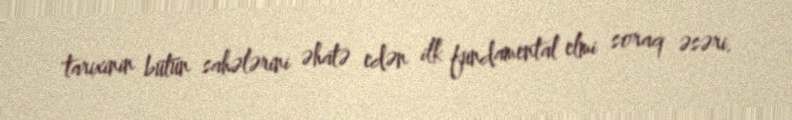
tarixinin bütün sahələrini əhatə edən ilk fundamental elmi soraq əsəri.